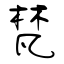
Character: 梵